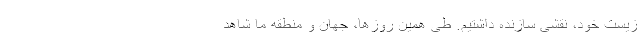
زیست خود، نقشی سازنده داشتیم. طی همین روزها، جهان و منطقه ما شاهد